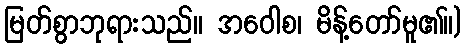
မြတ်စွာဘုရားသည်။ အဝေါစ၊ မိန့်တော်မူ၏။)